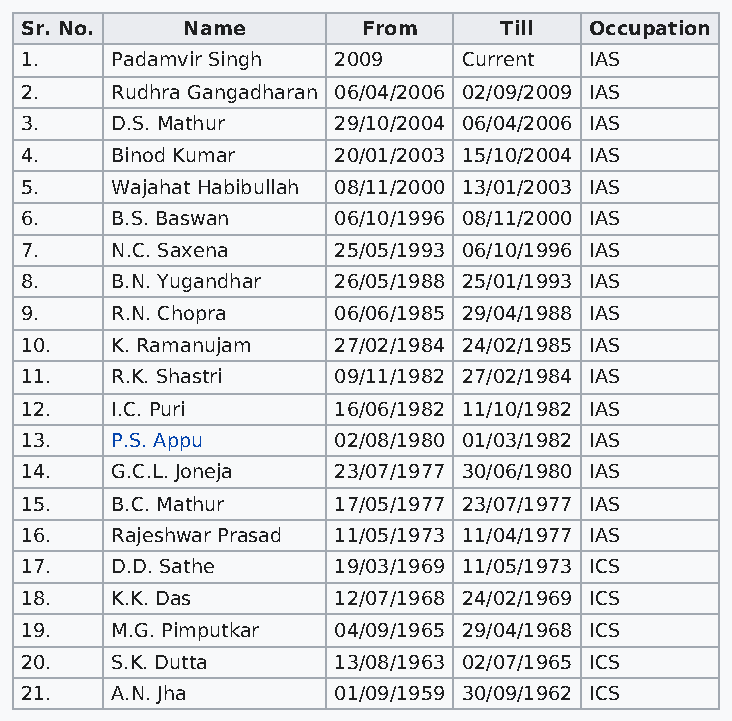
Sr. No.    Name        From     Till  Occupation
 1.    Padamvir Singh 2009     Current IAS
 2.    Rudhra Gangadharan 06/04/2006 02/09/2009 IAS
 3.    D.S. Mathur    29/10/2004 06/04/2006 IAS
 4.    Binod Kumar    20/01/2003 15/10/2004 IAS
 5.    Wajahat Habibullah 08/11/2000 13/01/2003 IAS
 6.    B.S. Baswan    06/10/1996 08/11/2000 IAS
 7.    N.C. Saxena    25/05/1993 06/10/1996 IAS
 8.    B.N. Yugandhar 26/05/1988 25/01/1993 IAS
 9.    R.N. Chopra    06/06/1985 29/04/1988 IAS
 10.   K. Ramanujam   27/02/1984 24/02/1985 IAS
 11.   R.K. Shastri   09/11/1982 27/02/1984 IAS
 12.   I.C. Puri      16/06/1982 11/10/1982 IAS
 13.   P.S. Appu      02/08/1980 01/03/1982 IAS
 14.   G.C.L. Joneja  23/07/1977 30/06/1980 IAS
 15.   B.C. Mathur    17/05/1977 23/07/1977 IAS
 16.   Rajeshwar Prasad 11/05/1973 11/04/1977 IAS
 17.   D.D. Sathe     19/03/1969 11/05/1973 ICS
 18.   K.K. Das       12/07/1968 24/02/1969 ICS
 19.   M.G. Pimputkar 04/09/1965 29/04/1968 ICS
 20.   S.K. Dutta     13/08/1963 02/07/1965 ICS
 21.   A.N. Jha       01/09/1959 30/09/1962 ICS